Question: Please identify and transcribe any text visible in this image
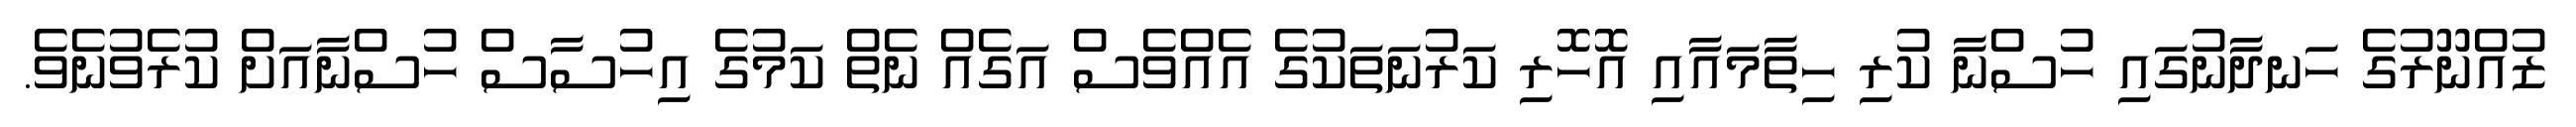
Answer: ޒުއްނޫރުގެ ހަނދާނުގައި ހުސްނާ ކުރި ހިތާމައާއި އޮހޮރި ކަރުނަތަކުގެ އެއްވެސް އަގެއް ނެތް ކަމުގެ އިހުސާސް ހުސްނާއަށް ކުރެވުނެވެ.